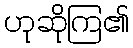
ဟုဆိုကြ၏